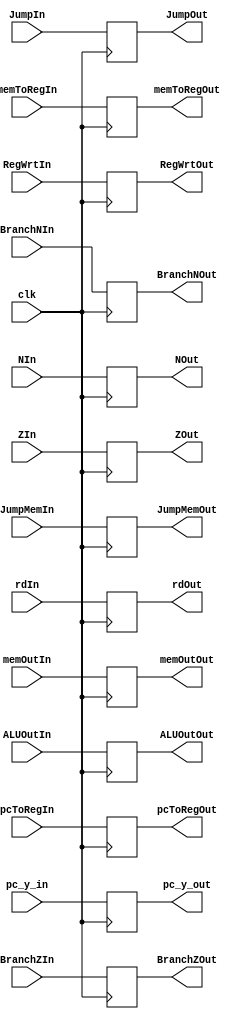
module EXWB (
    clk,
    NIn, ZIn, memToRegIn, RegWrtIn, BranchZIn, BranchNIn, JumpIn, JumpMemIn, memOutIn, ALUOutIn, rdIn, pc_y_in,pcToRegIn,
    // match the inputs with outputs, for example: NIn is matched with NOut, BranchZIn is matched with BranchZOut
    NOut, ZOut, memToRegOut, RegWrtOut, BranchZOut, BranchNOut, JumpOut, JumpMemOut, memOutOut, ALUOutOut, rdOut, pc_y_out, pcToRegOut
);
input clk;
input NIn, ZIn, memToRegIn, RegWrtIn, BranchZIn, BranchNIn, JumpIn, JumpMemIn, pcToRegIn;

input [31:0] memOutIn, ALUOutIn, pc_y_in;

input [5:0] rdIn;


output reg NOut, ZOut, memToRegOut, RegWrtOut, BranchZOut, BranchNOut, JumpOut, JumpMemOut, pcToRegOut;
output reg [31:0] memOutOut, ALUOutOut, pc_y_out;
output reg [5:0] rdOut;

// match the inputs with output reg

always@(negedge clk)
begin
    // assign the outputs to inputs
   NOut       = NIn;
    ZOut       = ZIn;
    memToRegOut= memToRegIn;
    RegWrtOut  = RegWrtIn;
    BranchZOut = BranchZIn;
    BranchNOut = BranchNIn;
    JumpOut    = JumpIn;
    JumpMemOut = JumpMemIn;
    memOutOut  = memOutIn;
    ALUOutOut  = ALUOutIn;
    rdOut      = rdIn;
    pc_y_out    = pc_y_in;
    pcToRegOut = pcToRegIn;
end
    
endmodule